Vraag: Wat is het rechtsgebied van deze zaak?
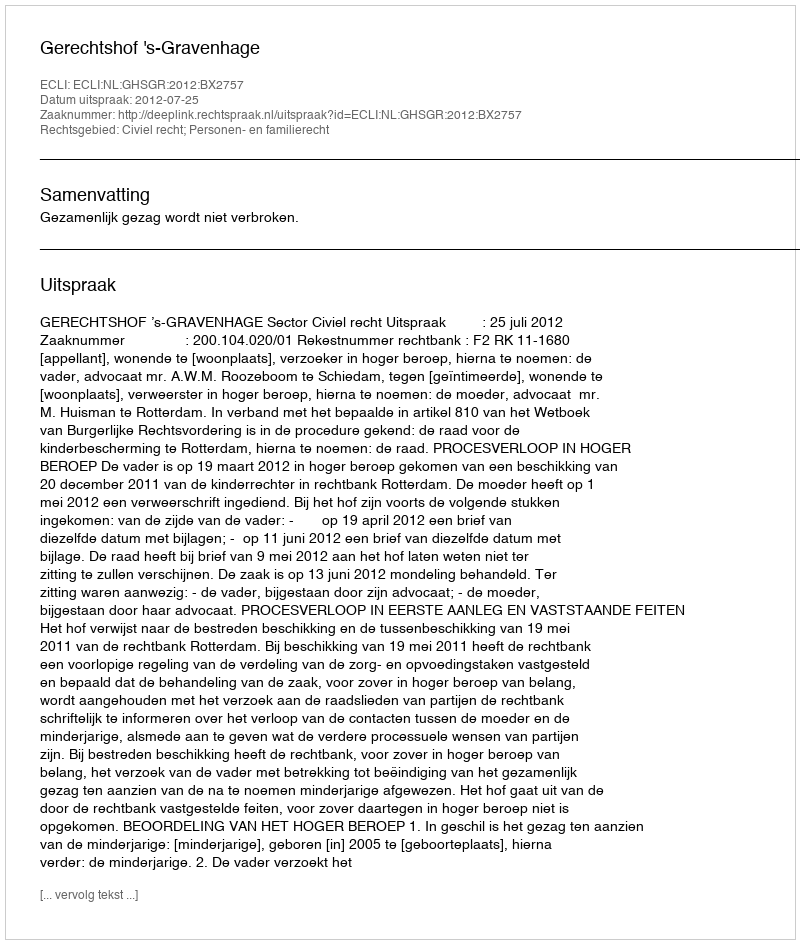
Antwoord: Civiel recht; Personen- en familierecht